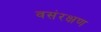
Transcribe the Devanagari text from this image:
वसंरक्षण